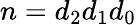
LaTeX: n=d_{2}d_{1}d_{0}